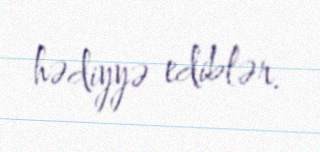
hədiyyə ediblər.